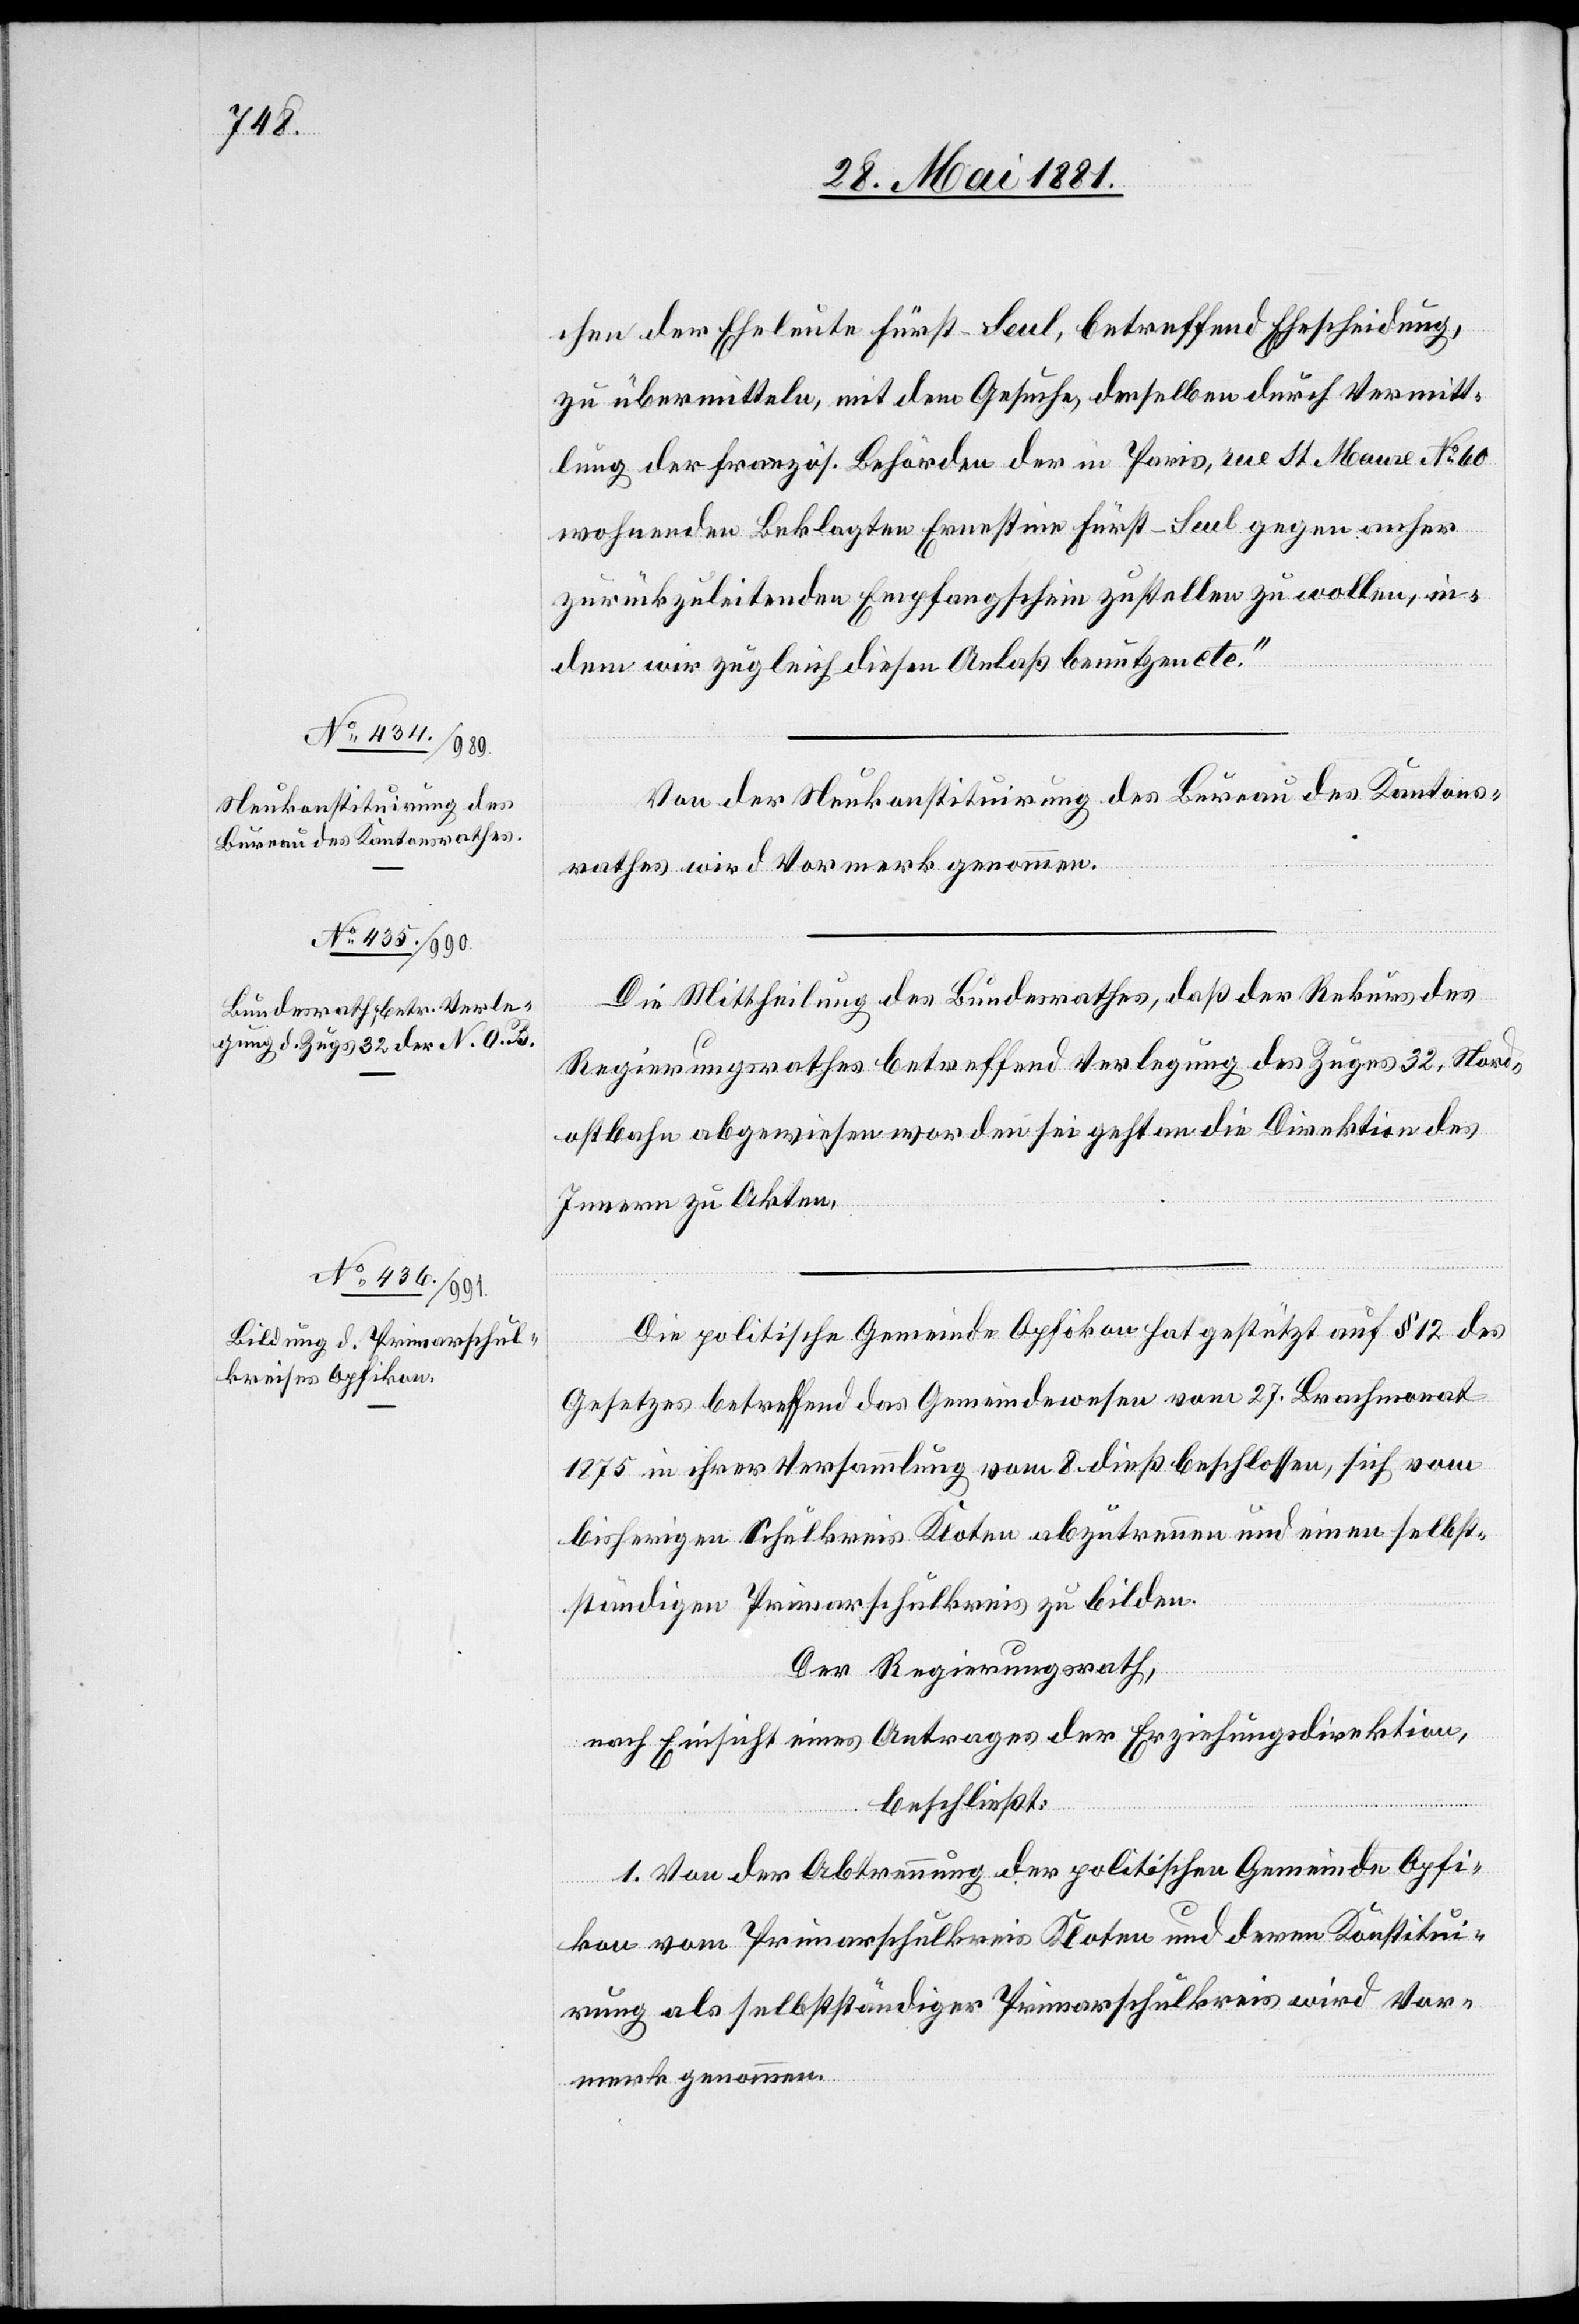
chen der Eheleute Fürst-Seul, betreffend Ehescheidung,
zu übermitteln, mit dem Gesuche, demselben durch Vermitt¬
lung der französ. Behörden der in Paris, rue St. Maure No 60
wohnenden Beklagten Ernestine Fürst-Seul gegen anher
zurückzuleitenden Empfangschein zustellen zu wollen, in¬
dem wir zugleich diesen Anlaß benutzen etc.“
Von der Neukonstituirung des Bureau des Kantons¬
rathes wird Vormerk genommen.
Die Mittheilung des Bundesrathes, daß der Rekurs des
Regierungsrathes betreffend Verlegung des Zuges 32, Nord¬
ostbahn abgewiesen worden sei geht an die Direktion des
Innern zu Akten.
Die politische Gemeinde Opfikon hat gestützt auf § 12 des
Gesetzes betreffend das Gemeindewesen vom 27. Brachmonat
1875 in ihrer Versammlung vom 8. dieß beschlossen, sich vom
bisherigen Schulkreis Kloten abzutrennen und einen selbst¬
ständigen Primarschulkreis zu bilden.
Der Regierungsrath,
nach Einsicht eines Antrags der Erziehungsdirektion,
beschließt:
1. Von der Abtrennung der politischen Gemeinde Opfi¬
kon vom Primarschulkreis Kloten und deren Konstitui¬
rung als selbstständiger Primarschulkreis wird Vor¬
merk genommen.